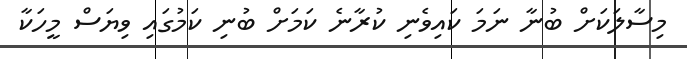
މިސާލަކަށް ބުނާ ނަމަ ކައިވެނި ކުރާނެ ކަމަށް ބުނި ކަމުގައި ވިޔަސް މީހަކާ